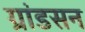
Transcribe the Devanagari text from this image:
ग्रांडसन